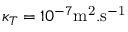
\kappa _ { T } = 1 0 ^ { - 7 } \mathrm { m ^ { 2 } . s ^ { - 1 } }